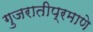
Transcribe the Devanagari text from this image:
गुजरातीप्रमाणे